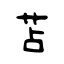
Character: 苫